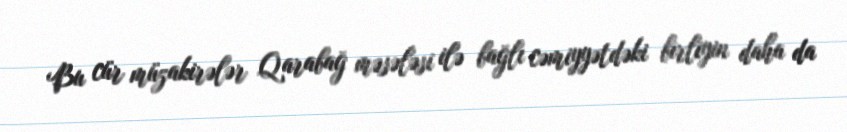
Bu cür müzakirələr Qarabağ məsələsi ilə bağlı cəmiyyətdəki birliyin daha da